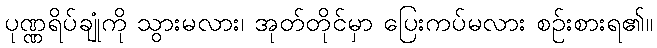
ပုဏ္ဏရိပ်ချုံကို သွားမလား၊ အုတ်တိုင်မှာ ပြေးကပ်မလား စဉ်းစားရ၏။